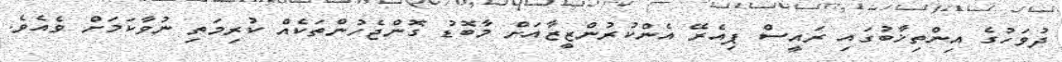
ދުވަހުގެ އިންތިޚާބުގައި ރައީސް ޕިއެރޭ އެންކުރުންޒީޒާއަށް މާބޮޑު ގޮންޖެހުންތަކެއް ކުރިމަތި ނުވާކަމަށް ވެއެވެ.